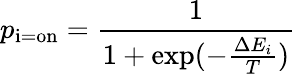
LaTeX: p_{\mathrm{i=on}}={\frac{1}{1+\exp(-{\frac{\Delta E_{i}}{T}})}}